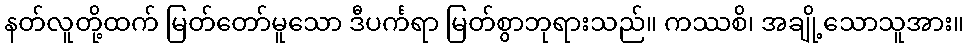
နတ်လူတို့ထက် မြတ်တော်မူသော ဒီပင်္ကရာ မြတ်စွာဘုရားသည်။ ကဿစိ၊ အချို့သောသူအား။